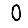
Digit: 0